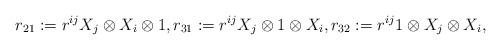
LaTeX: \begin{align*}r_{21}:=r^{ij}X_{j}\otimes X_{i}\otimes 1,r_{31}:=r^{ij}X_{j}\otimes 1\otimes X_{i},r_{32}:=r^{ij}1\otimes X_{j}\otimes X_{i},\end{align*}